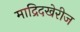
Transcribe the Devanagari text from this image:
माद्रिदखेरीज